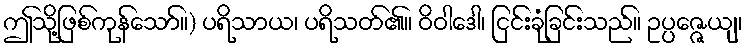
ဤသို့ဖြစ်ကုန်သော်။) ပရိသာယ၊ ပရိသတ်၏။ ဝိဝါဒေါ၊ ငြင်းခုံခြင်းသည်။ ဥပ္ပဇ္ဇေယျ၊